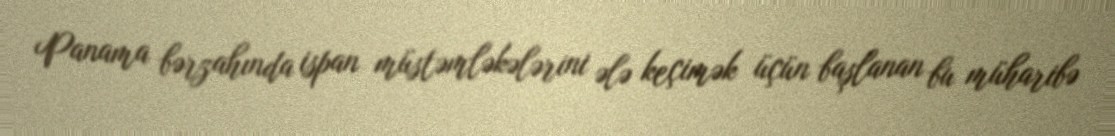
Panama bərzahında ispan müstəmləkələrini ələ keçimək üçün başlanan bu müharibə